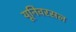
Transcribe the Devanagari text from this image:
यूनिवरसल